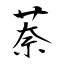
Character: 萘